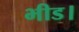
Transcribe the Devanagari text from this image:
भीड।